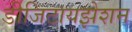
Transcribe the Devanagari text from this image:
डीजिटायझेशन